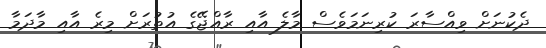
ދެކުނަށް ވިއްސާރަ ކުރިނަމަވެސް މާލެ އާއި ރާއްޖޭގެ އުތުރަށް މިރެ އާއި މާދަމާ